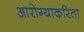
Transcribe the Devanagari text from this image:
आरोग्याकरिता